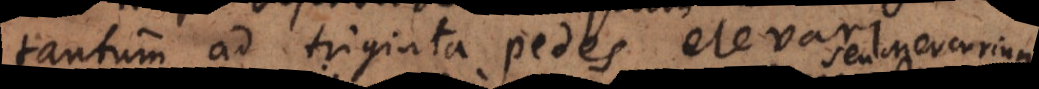
tantum ad triginta pedes elevari